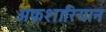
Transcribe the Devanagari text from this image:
अफ़शारियान